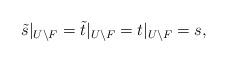
LaTeX: \begin{align*}\tilde s|_{U \setminus F} = \tilde t|_{U \setminus F} = t|_{U \setminus F} = s,\end{align*}